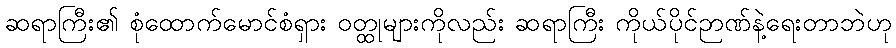
ဆရာကြီး၏ စုံထောက်မောင်စံရှား ဝတ္ထုများကိုလည်း ဆရာကြီး ကိုယ်ပိုင်ဉာဏ်နဲ့ရေးတာဘဲဟု